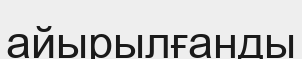
айырылғанды